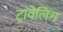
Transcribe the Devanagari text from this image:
ट्रावेलिंग